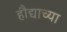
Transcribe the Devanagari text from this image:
हौद्याच्या